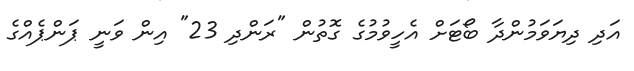
އަދި ދިޔަވަމުންދާ ބޯޓަށް އެހީވުމުގެ ގޮތުން "ރަންދި 23" އިން ވަނީ ޕަންޕެއްގެ